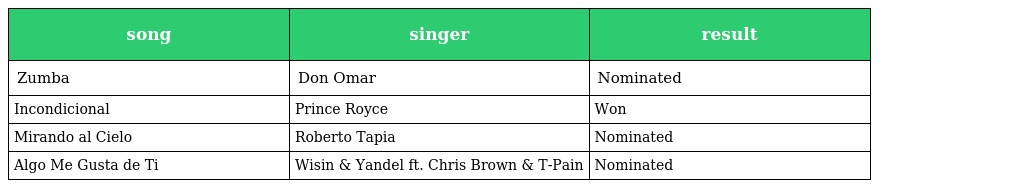
| song | singer | result |
 | --- | --- | --- |
 | Zumba | Don Omar | Nominated |
 | Incondicional | Prince Royce | Won |
 | Mirando al Cielo | Roberto Tapia | Nominated |
 | Algo Me Gusta de Ti | Wisin & Yandel ft. Chris Brown & T-Pain | Nominated |